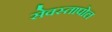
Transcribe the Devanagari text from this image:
सेवस्तापोल